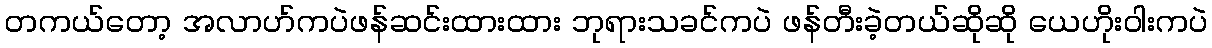
တကယ်တော့ အလာဟ်ကပဲဖန်ဆင်းထားထား ဘုရားသခင်ကပဲ ဖန်တီးခဲ့တယ်ဆိုဆို ယေဟိုးဝါးကပဲ